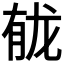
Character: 𫜲